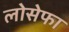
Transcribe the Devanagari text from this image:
लोसेफा